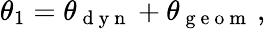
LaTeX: \theta_{1}=\theta_{\mathrm{~d~y~n~}}+\theta_{\mathrm{~g~e~o~m~}}\, ,